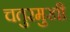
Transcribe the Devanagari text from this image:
चतुरमुखी